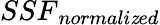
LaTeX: {SSF}_{normali\mathit{z}ed}